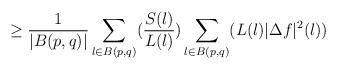
LaTeX: \begin{align*}\geq\frac{1}{|B(p,q)|}\sum_{l\in B(p,q)}(\frac{S(l)}{L(l)})\sum_{l\in B(p,q)}(L(l)|\Delta f|^2(l))\end{align*}